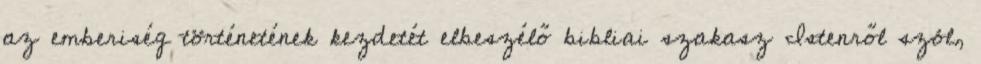
az emberiség történetének kezdetét elbeszélő bibliai szakasz Istenről szól,